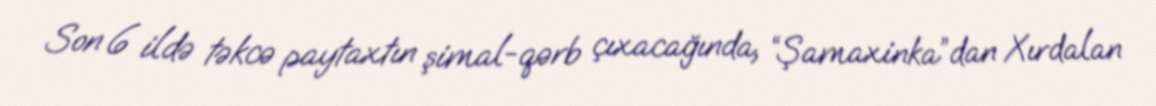
Son 6 ildə təkcə paytaxtın şimal-qərb çıxacağında, “Şamaxinka”dan Xırdalan